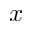
x